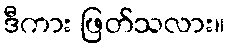
ဒီကား ဖြတ်သလား။